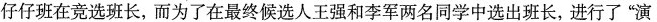
仔仔班在竞选班长，而为了在最终候选人王强和李军两名同学中选出班长，进行了”演